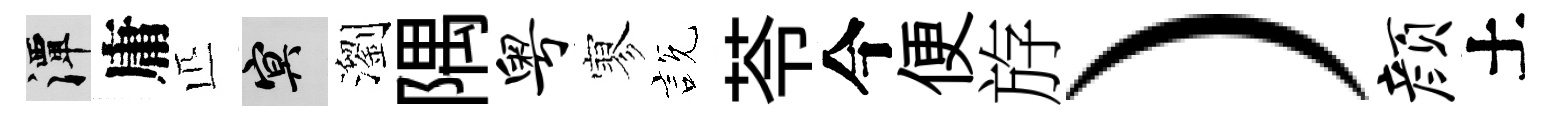
潭庸匹冥瀏隅粤寥説苓今便斿）颜土